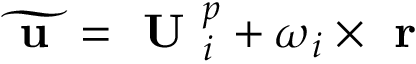
\widetilde { \textbf { u } } = \textbf { U } _ { i } ^ { p } + \boldsymbol \omega _ { i } \times \textbf { r }